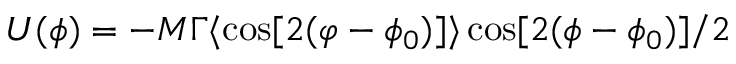
U ( \phi ) = - M \Gamma \langle \cos [ 2 ( \varphi - \phi _ { 0 } ) ] \rangle \cos [ 2 ( \phi - \phi _ { 0 } ) ] / 2